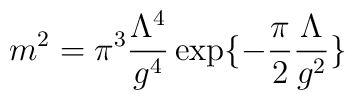
m^2 = \pi^3 \frac{\Lambda^4}{g^4}\exp\{-\frac{\pi}{2}\frac{\Lambda}{g^2}\}